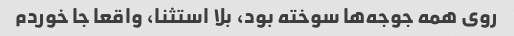
روی همه جوجه‌ها سوخته بود، بلا استثنا، واقعا جا خوردم